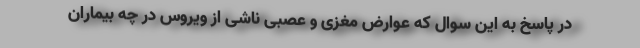
در پاسخ به این سوال که عوارض مغزی و عصبی ناشی از ویروس در چه بیماران